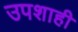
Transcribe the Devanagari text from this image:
उपशाही